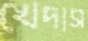
খেদাস